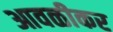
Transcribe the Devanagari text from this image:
आवळीकर